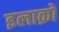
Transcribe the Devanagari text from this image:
इलाक़ो